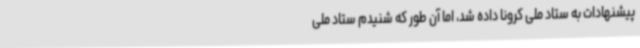
پیشنهادات به ستاد ملی کرونا داده شد، اما آن طور که شنیدم ستاد ملی